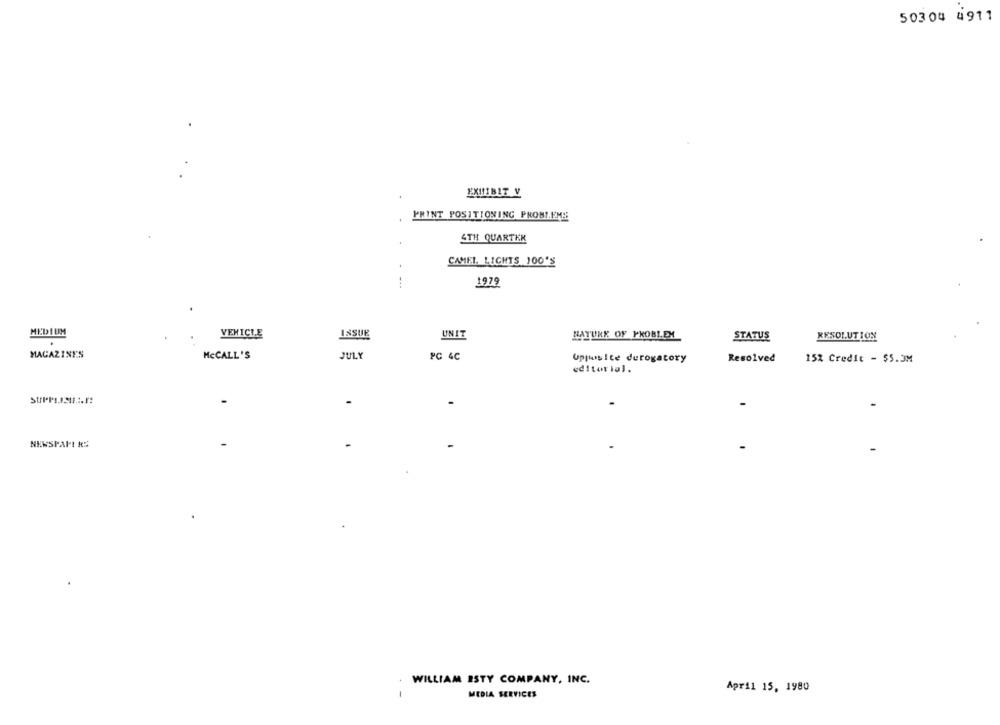
50304 4911
EXHIBIT V
PRINT POSITIONING PROBLEME
4TH QUARTER
CAMEL LIGHTS 100'S
1979
MEDIUM
VEHICLE
ISSUE
UNIT
BAYURK OF PROBLEM
STATUS
RESOLUTION
MAGAZINES
McCALL'S
JULY
PC 4C
UppusIte derogatory
Resolved
15% Credit - $5.JM
editorial.
-
NEWSPAPERS
WILLIAM ISTY COMPANY, INC.
April 15, 1980
-
MEDIA SERVICES